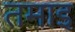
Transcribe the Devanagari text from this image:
तमाइ